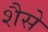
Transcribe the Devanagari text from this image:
शैसे